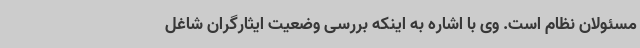
مسئولان نظام است. وی با اشاره به اینکه بررسی وضعیت ایثارگران شاغل